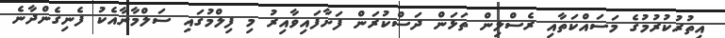
އިތުރުކުރުމުގެ މަސައްކަތާއި ރެސްލިން ތަޅަން ދަސްކުރަން ފަށާފައިވާއިރު މި ފިލްމުގައި ސަލްމާނާއެކު ފެނިގެންދާނެ